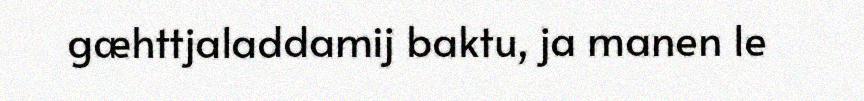
gæhttjaladdamij baktu, ja manen le